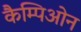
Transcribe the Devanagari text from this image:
कैम्पिओन